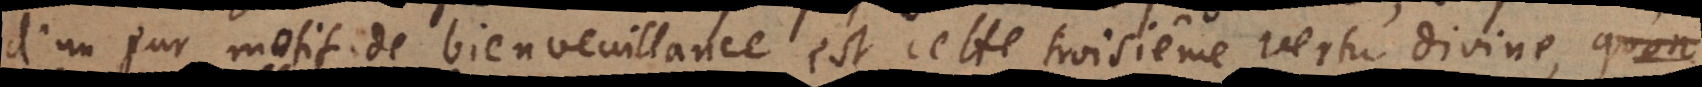
d’un pur motif de bienveuillance, est cette troisième vertu divine,